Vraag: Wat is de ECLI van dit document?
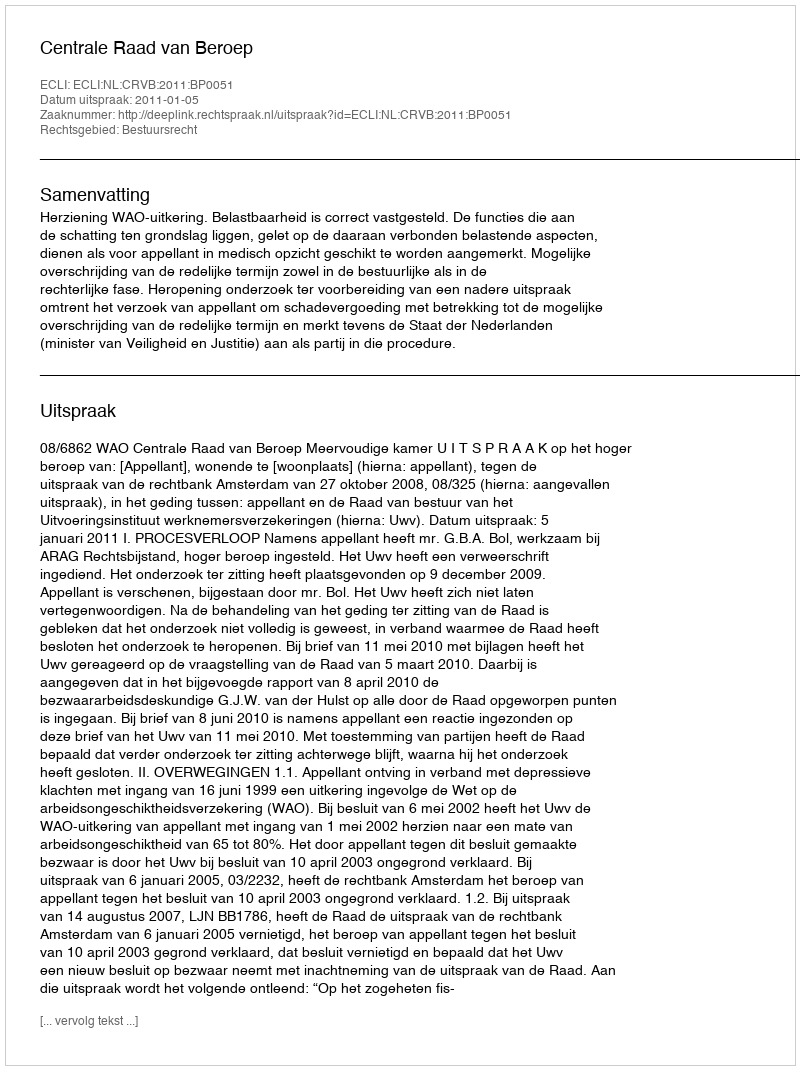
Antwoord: ECLI:NL:CRVB:2011:BP0051